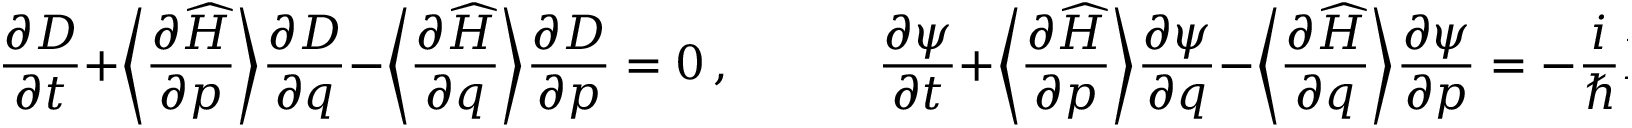
\frac { \partial D } { \partial t } + \bigg \langle \frac { \partial \widehat { H } } { \partial p } \bigg \rangle \frac { \partial D } { \partial q } - \bigg \langle \frac { \partial \widehat { H } } { \partial q } \bigg \rangle \frac { \partial D } { \partial p } = 0 \, , \qquad \quad \frac { \partial \psi } { \partial t } + \bigg \langle \frac { \partial \widehat { H } } { \partial p } \bigg \rangle \frac { \partial \psi } { \partial q } - \bigg \langle \frac { \partial \widehat { H } } { \partial q } \bigg \rangle \frac { \partial \psi } { \partial p } = - \frac { i } \hbar \widehat { H } \psi .